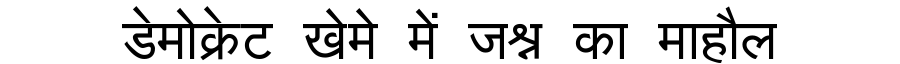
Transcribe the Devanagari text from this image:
डेमोक्रेट खेमे में जश्न का माहौल